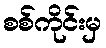
စစ်ကိုင်းမှ